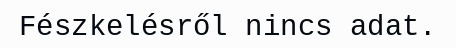
Fészkelésről nincs adat.